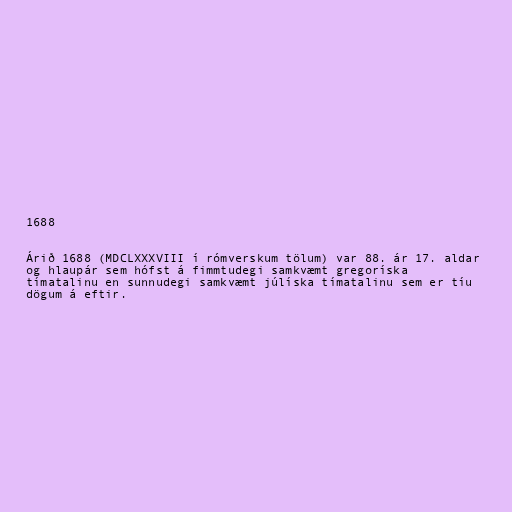
1688

Árið 1688 (MDCLXXXVIII í rómverskum tölum) var 88. ár 17. aldar
og hlaupár sem hófst á fimmtudegi samkvæmt gregoríska
tímatalinu en sunnudegi samkvæmt júlíska tímatalinu sem er tíu
dögum á eftir.